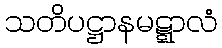
သတိပဋ္ဌာနမဋ္ဋာလံ